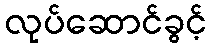
လုပ်ဆောင်ခွင့်